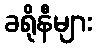
ခရိုနီများ